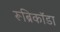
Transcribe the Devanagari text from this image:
रूब्रिकॉडा